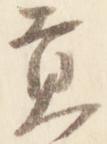
貢